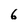
Character: 6